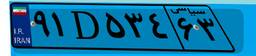
۰۴D۱۷۶۴۶